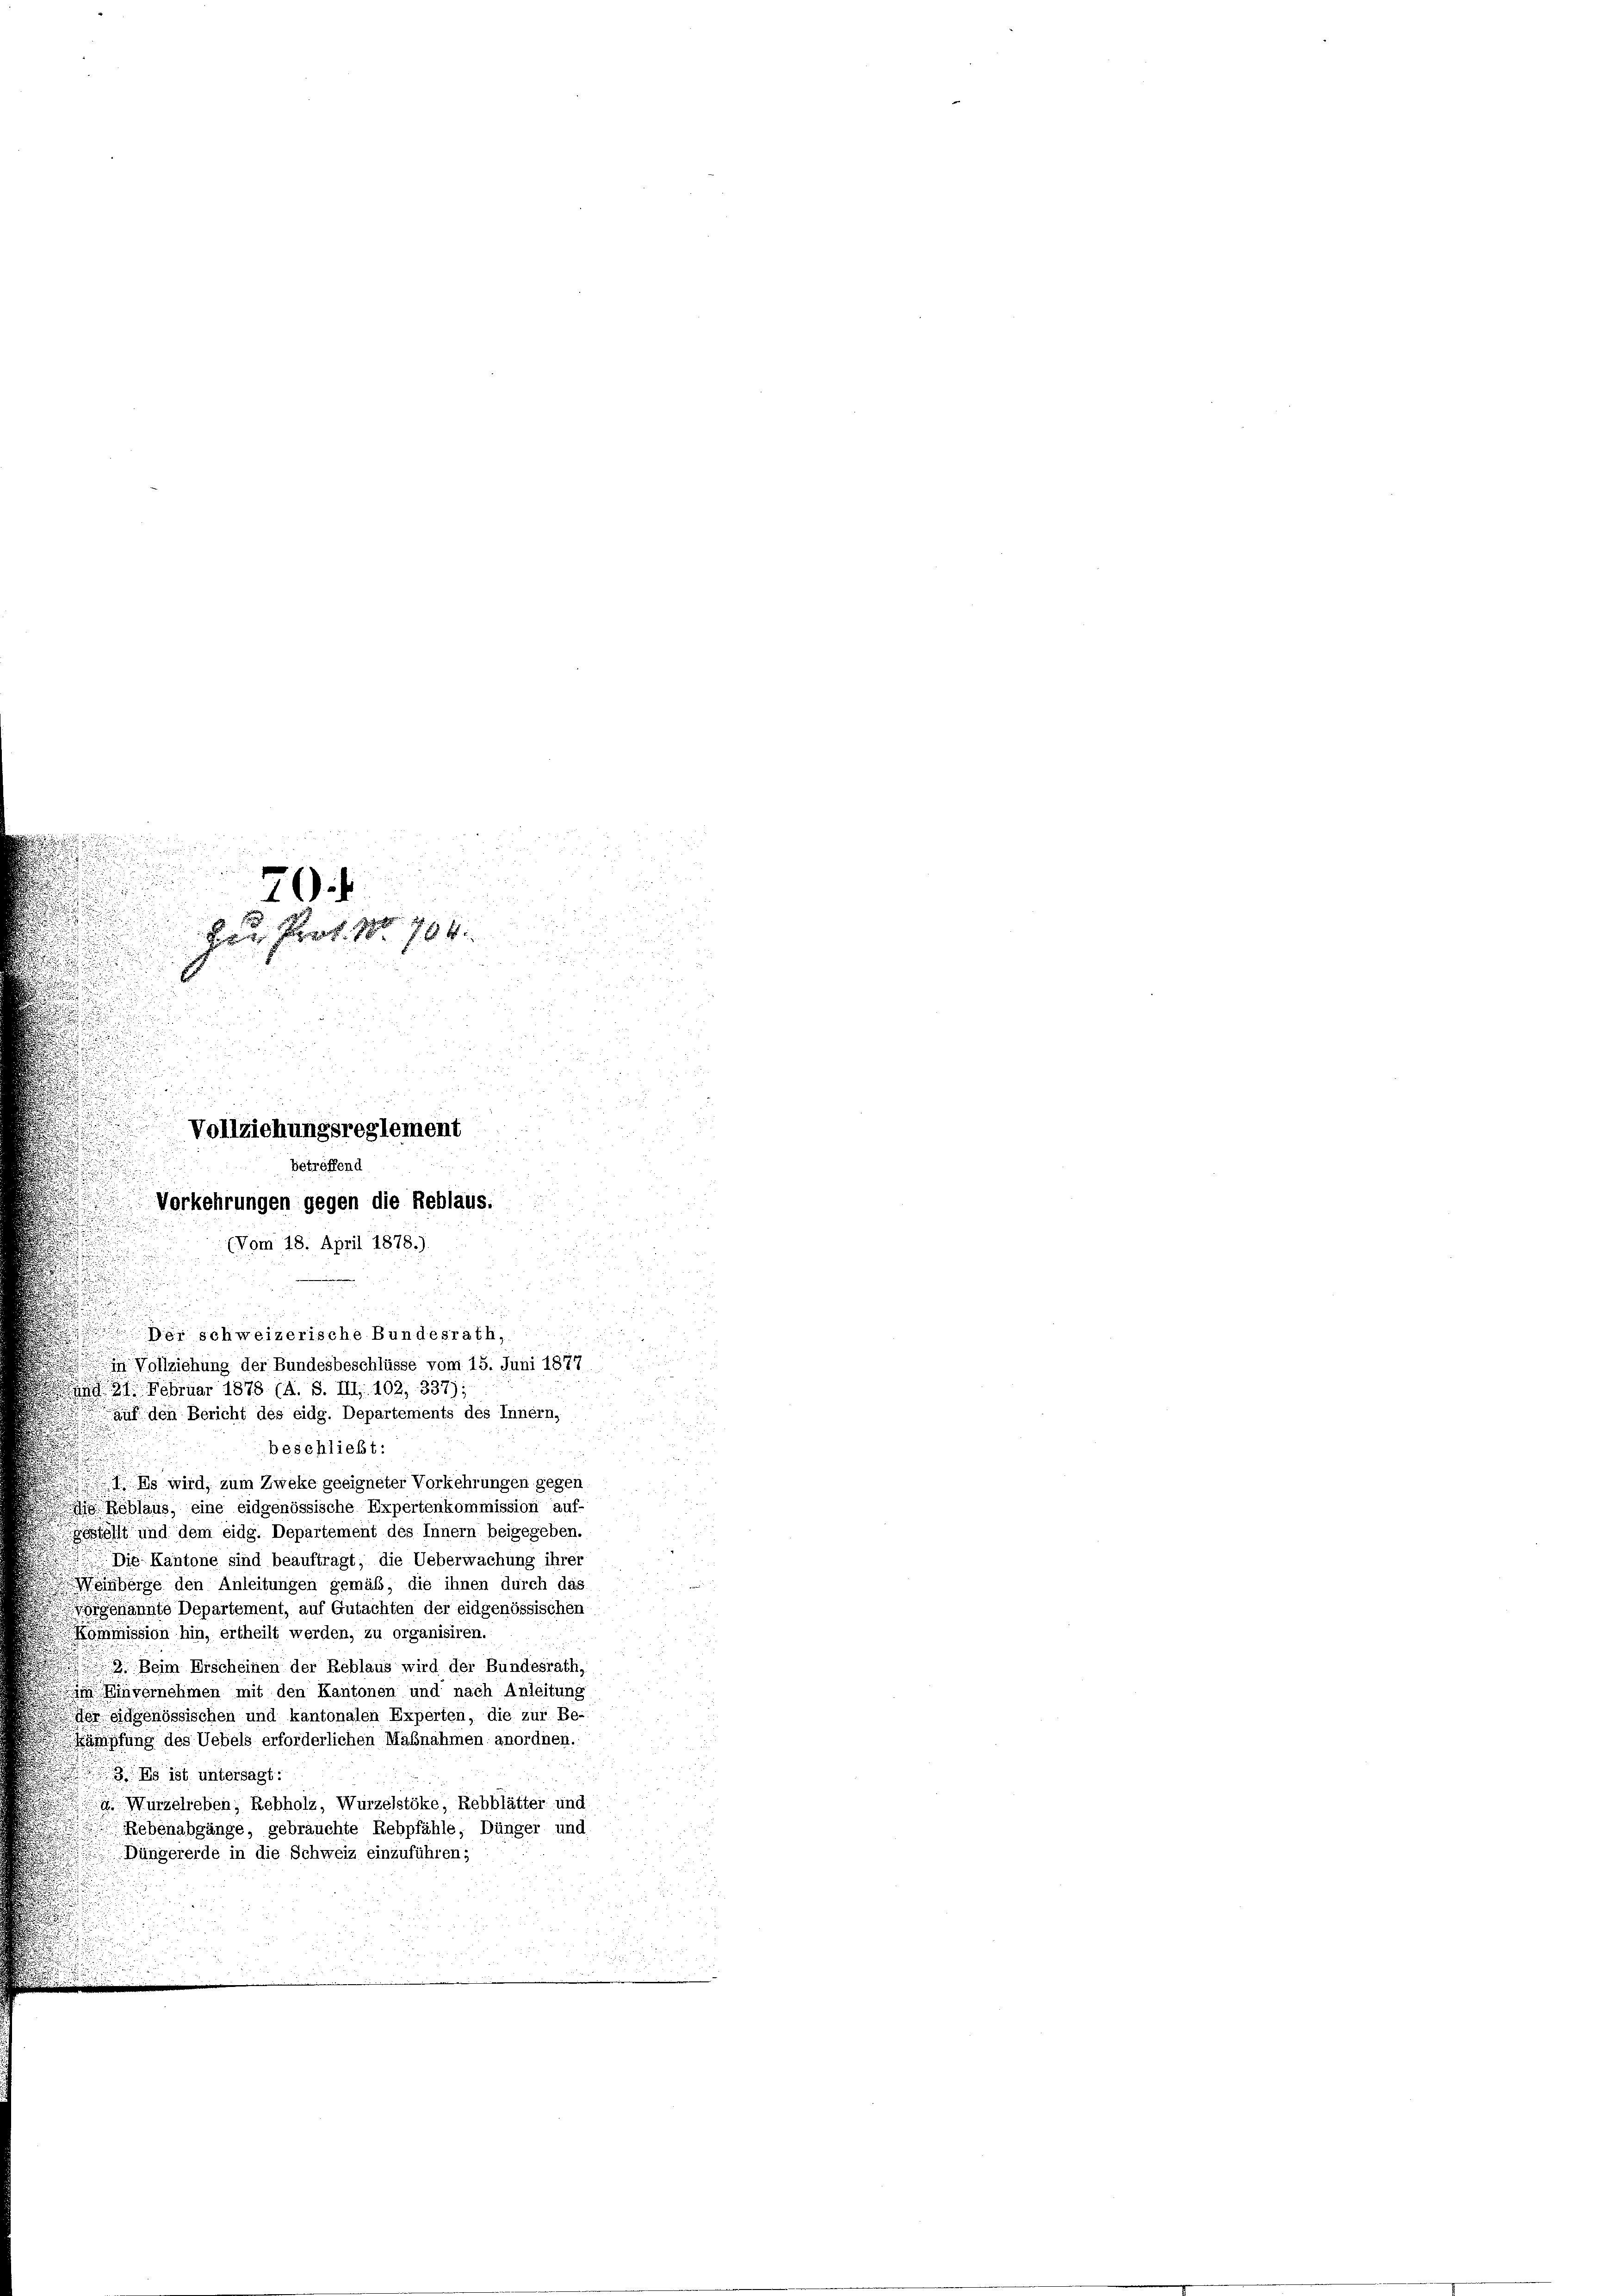
d
.
70

Hr. Prof. No. 704.
i
.
Vollziehungsreglement
betreffend
Vorkehrungen gegen die Reblaus.

n
.
(Vom 18. April 1878.)
Der schweizerische Bundesrath,
 Vollziehung der Bundesbeschlüsse vom 15. Juni 1877
 21. Februar 1878 (A. S. III. 102, 337);
auf den Bericht des eidg. Departements des Innern,
beschließt:
i
I. Es wird, zum Zweke geeigneter Vorkehrungen gegen
Reblaus, eine eidgenössische Expertenkommission auf-
Gestellt und dem eidg. Departement des Innern beigegeben.
Die Kantone sind beauftragt, die Ueberwachung ihrer
einberge den Anleitungen gemäß, die ihnen durch das
vorgenannte Departement, auf Gutachten der eidgenössischen
Kommission hin, ertheilt werden, zu organisiren.
.Beim Erscheinen der Reblaus wird der Bundesrath,
im Einvernehmen mit den Kantonen und nach Anleitung
er eidgenössischen und kantonalen Experten, die zur Be-
Kämpfung des Uebels erforderlichen Maßnahmen anordnen.
s ist. untersagt:
a. Wurzelreben; Rebholz, Wurzelstöke, Rebblätter und
Rebenabgänge, gebrauchte Rebpfähle, Dünger und
Düngererde in die Schweiz einzuführen;